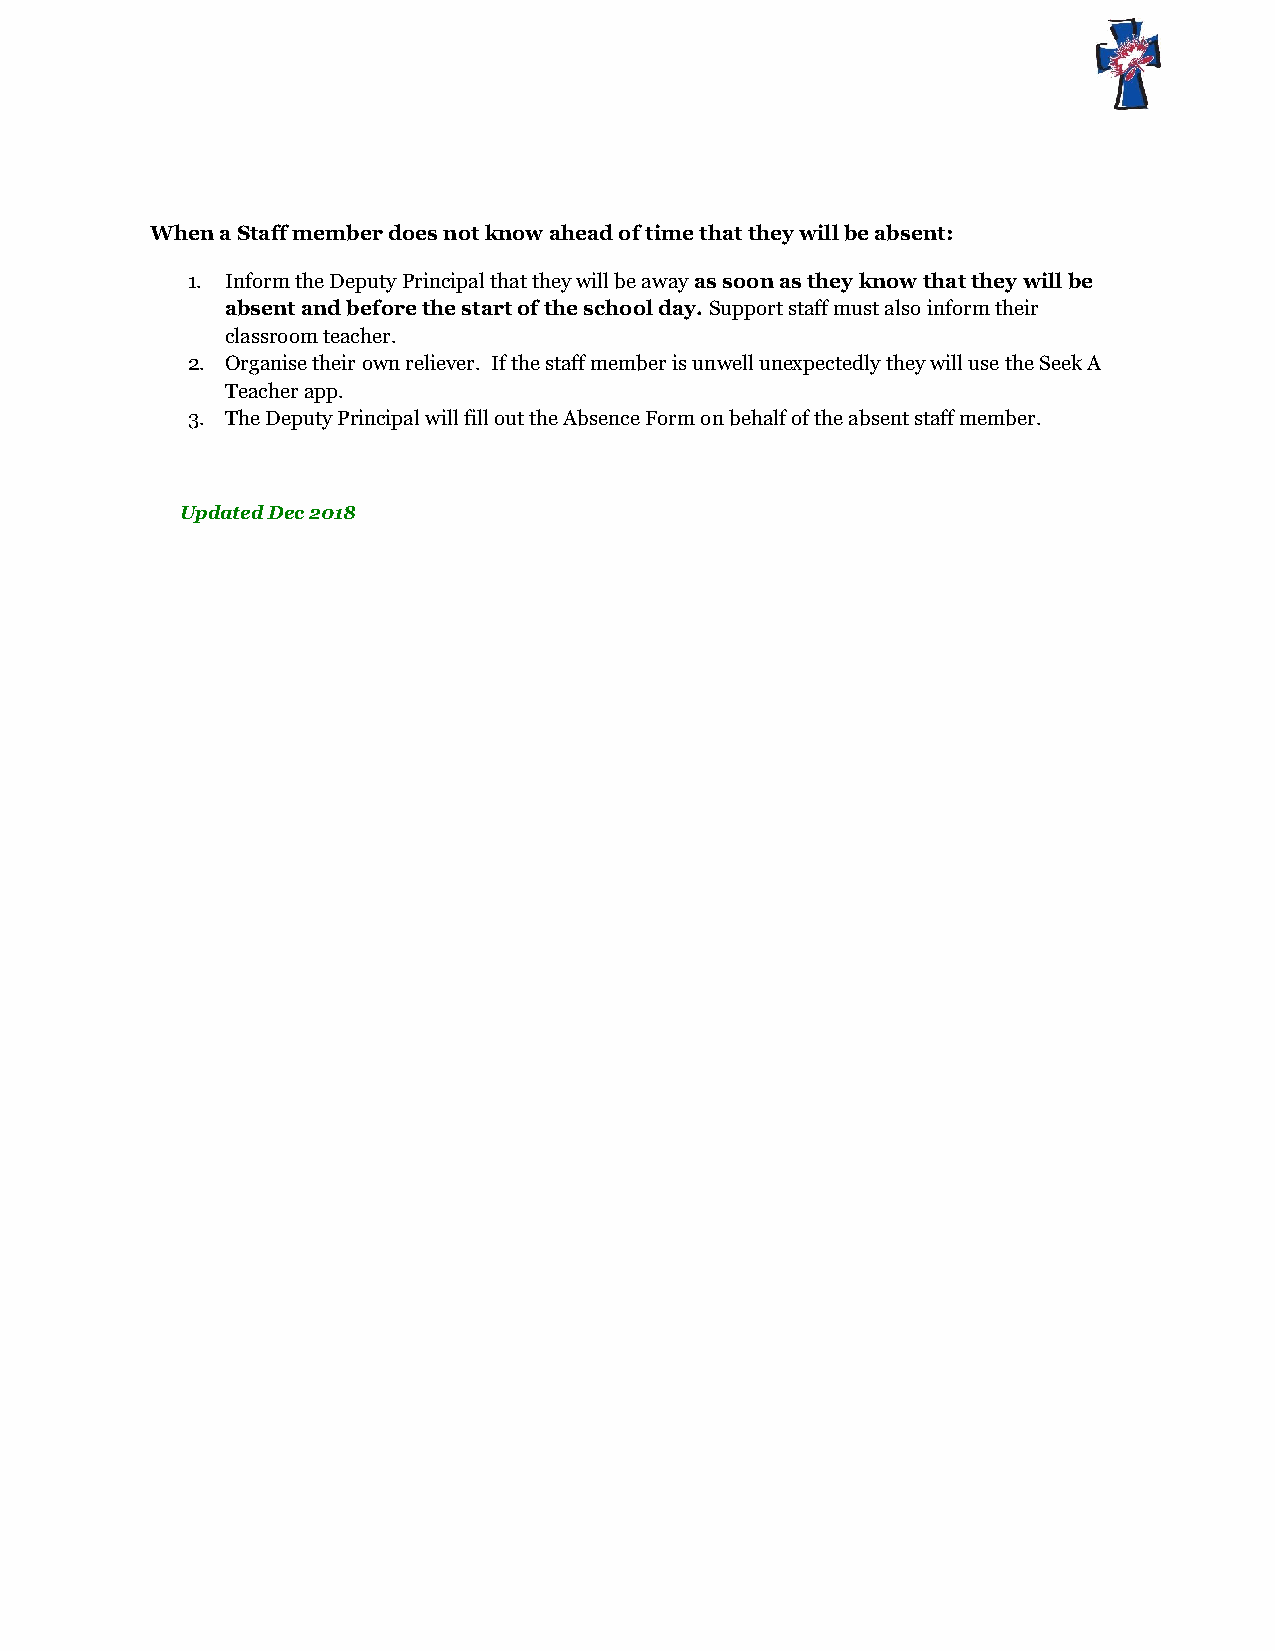
When a Staff member does not know ahead of time that they will be absent:
 1. Inform the Deputy Principal that they will be away as soon as they know that they will be
 absent and before the start of the school day. Support staff must also inform their
 classroom teacher.
 2. Organise their own reliever. If the staff member is unwell unexpectedly they will use the Seek A
 Teacher app.
 3. The Deputy Principal will fill out the Absence Form on behalf of the absent staff member.
 Updated Dec 2018